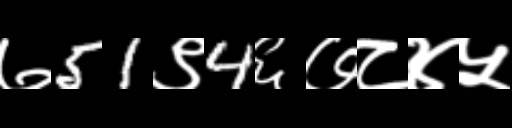
Text: ७51९4६७८४५